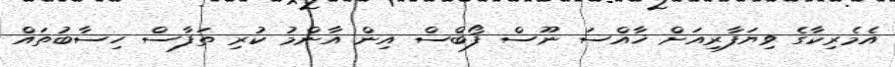
އެމެރިކާގެ ވިޔަފާރިއަށް ޚާއްސަ ނޫސް ފޯބްސް އިން އާންމު ކުރި ތަފާސް ހިސާބުތައް